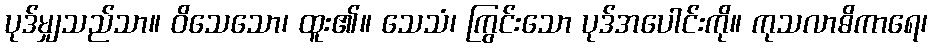
ပုဒ်မျှသည်သာ။ ဝိသေသော၊ ထူး၏။ သေသံ၊ ကြွင်းသော ပုဒ်အပေါင်းကို။ ကုသလာဓိကာရေ၊